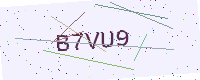
Text: B7VU9